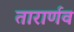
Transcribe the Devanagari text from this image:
तारार्णव